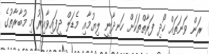
ރަން ވަނަތައް ހޯދި ފަރާތްތަކަށް ހަނދާނީ ލިޔުމާއި މެޑަލް ދީފައިވާއިރު މި މުބާރާތުގެ